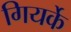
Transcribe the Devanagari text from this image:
गियर्के